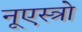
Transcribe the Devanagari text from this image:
नूएस्त्रो